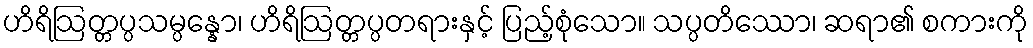
ဟိရိဩတ္တပ္ပသမ္ပန္နော၊ ဟိရိဩတ္တပ္ပတရားနှင့် ပြည့်စုံသော။ သပ္ပတိဿော၊ ဆရာ၏ စကားကို